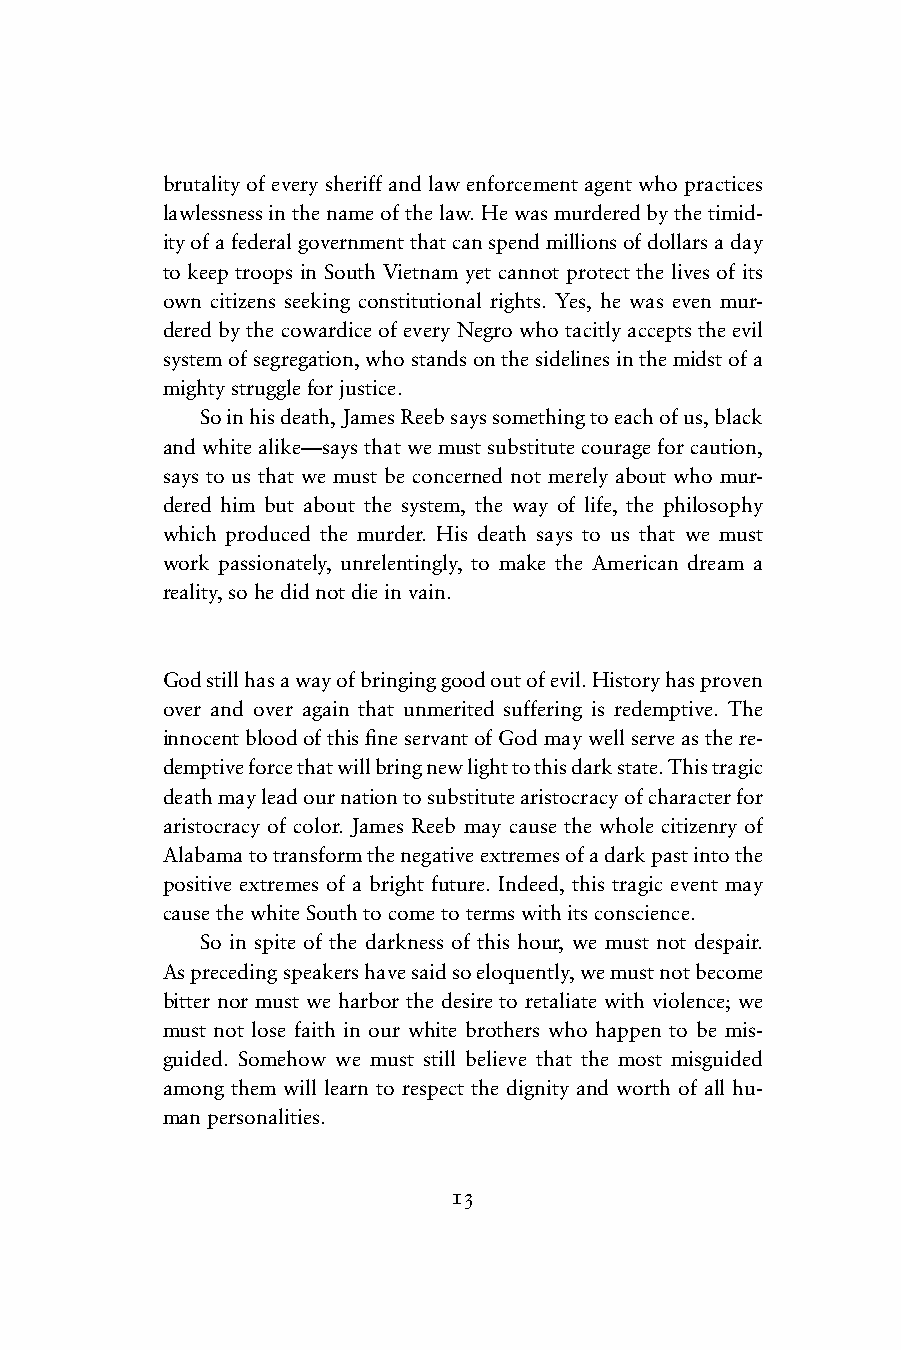
brutality of every sheriff and law enforcement agent who practices
 lawlessness in the name of the law. He was murdered by the timid-
 ity of a federal government that can spend millions of dollars a day
 to keep troops in South Vietnam yet cannot protect the lives of its
 own citizens seeking constitutional rights. Yes, he was even mur-
 dered by the cowardice of every Negro who tacitly accepts the evil
 system of segregation, who stands on the sidelines in the midst of a
 mighty struggle for justice.
 So in his death, James Reeb says something to each of us, black
 and white alike—says that we must substitute courage for caution,
 says to us that we must be concerned not merely about who mur-
 dered him but about the system, the way of life, the philosophy
 which produced the murder. His death says to us that we must
 work passionately, unrelentingly, to make the American dream a
 reality, so he did not die in vain.
 God still has a way of bringing good out of evil. History has proven
 over and over again that unmerited suffering is redemptive. The
 innocent blood of this fi ne servant of God may well serve as the re-
 demptive force that will bring new light to this dark state. This tragic
 death may lead our nation to substitute aristocracy of character for
 aristocracy of color. James Reeb may cause the whole citizenry of
 Alabama to transform the negative extremes of a dark past into the
 positive extremes of a bright future. Indeed, this tragic event may
 cause the white South to come to terms with its conscience.
 So in spite of the darkness of this hour, we must not despair.
 As preceding speakers have said so eloquently, we must not become
 bitter nor must we harbor the desire to retaliate with violence; we
 must not lose faith in our white brothers who happen to be mis-
 guided. Somehow we must still believe that the most misguided
 among them will learn to respect the dignity and worth of all hu-
 man personalities.
 13